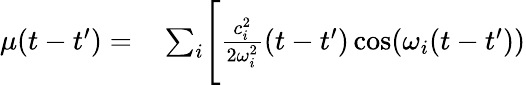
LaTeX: \begin{array}{rl}{\mu(t-t^{\prime})=}&{{}\sum_{i}\Biggl[\frac{c_{i}^{2}}{2\omega_{i}^{2}}(t-t^{\prime})\cos(\omega_{i}(t-t^{\prime}))}\end{array}